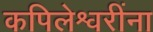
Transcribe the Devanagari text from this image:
कपिलेश्वरींना